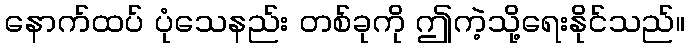
နောက်ထပ် ပုံသေနည်း တစ်ခုကို ဤကဲ့သို့ရေးနိုင်သည်။